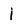
Character: 1